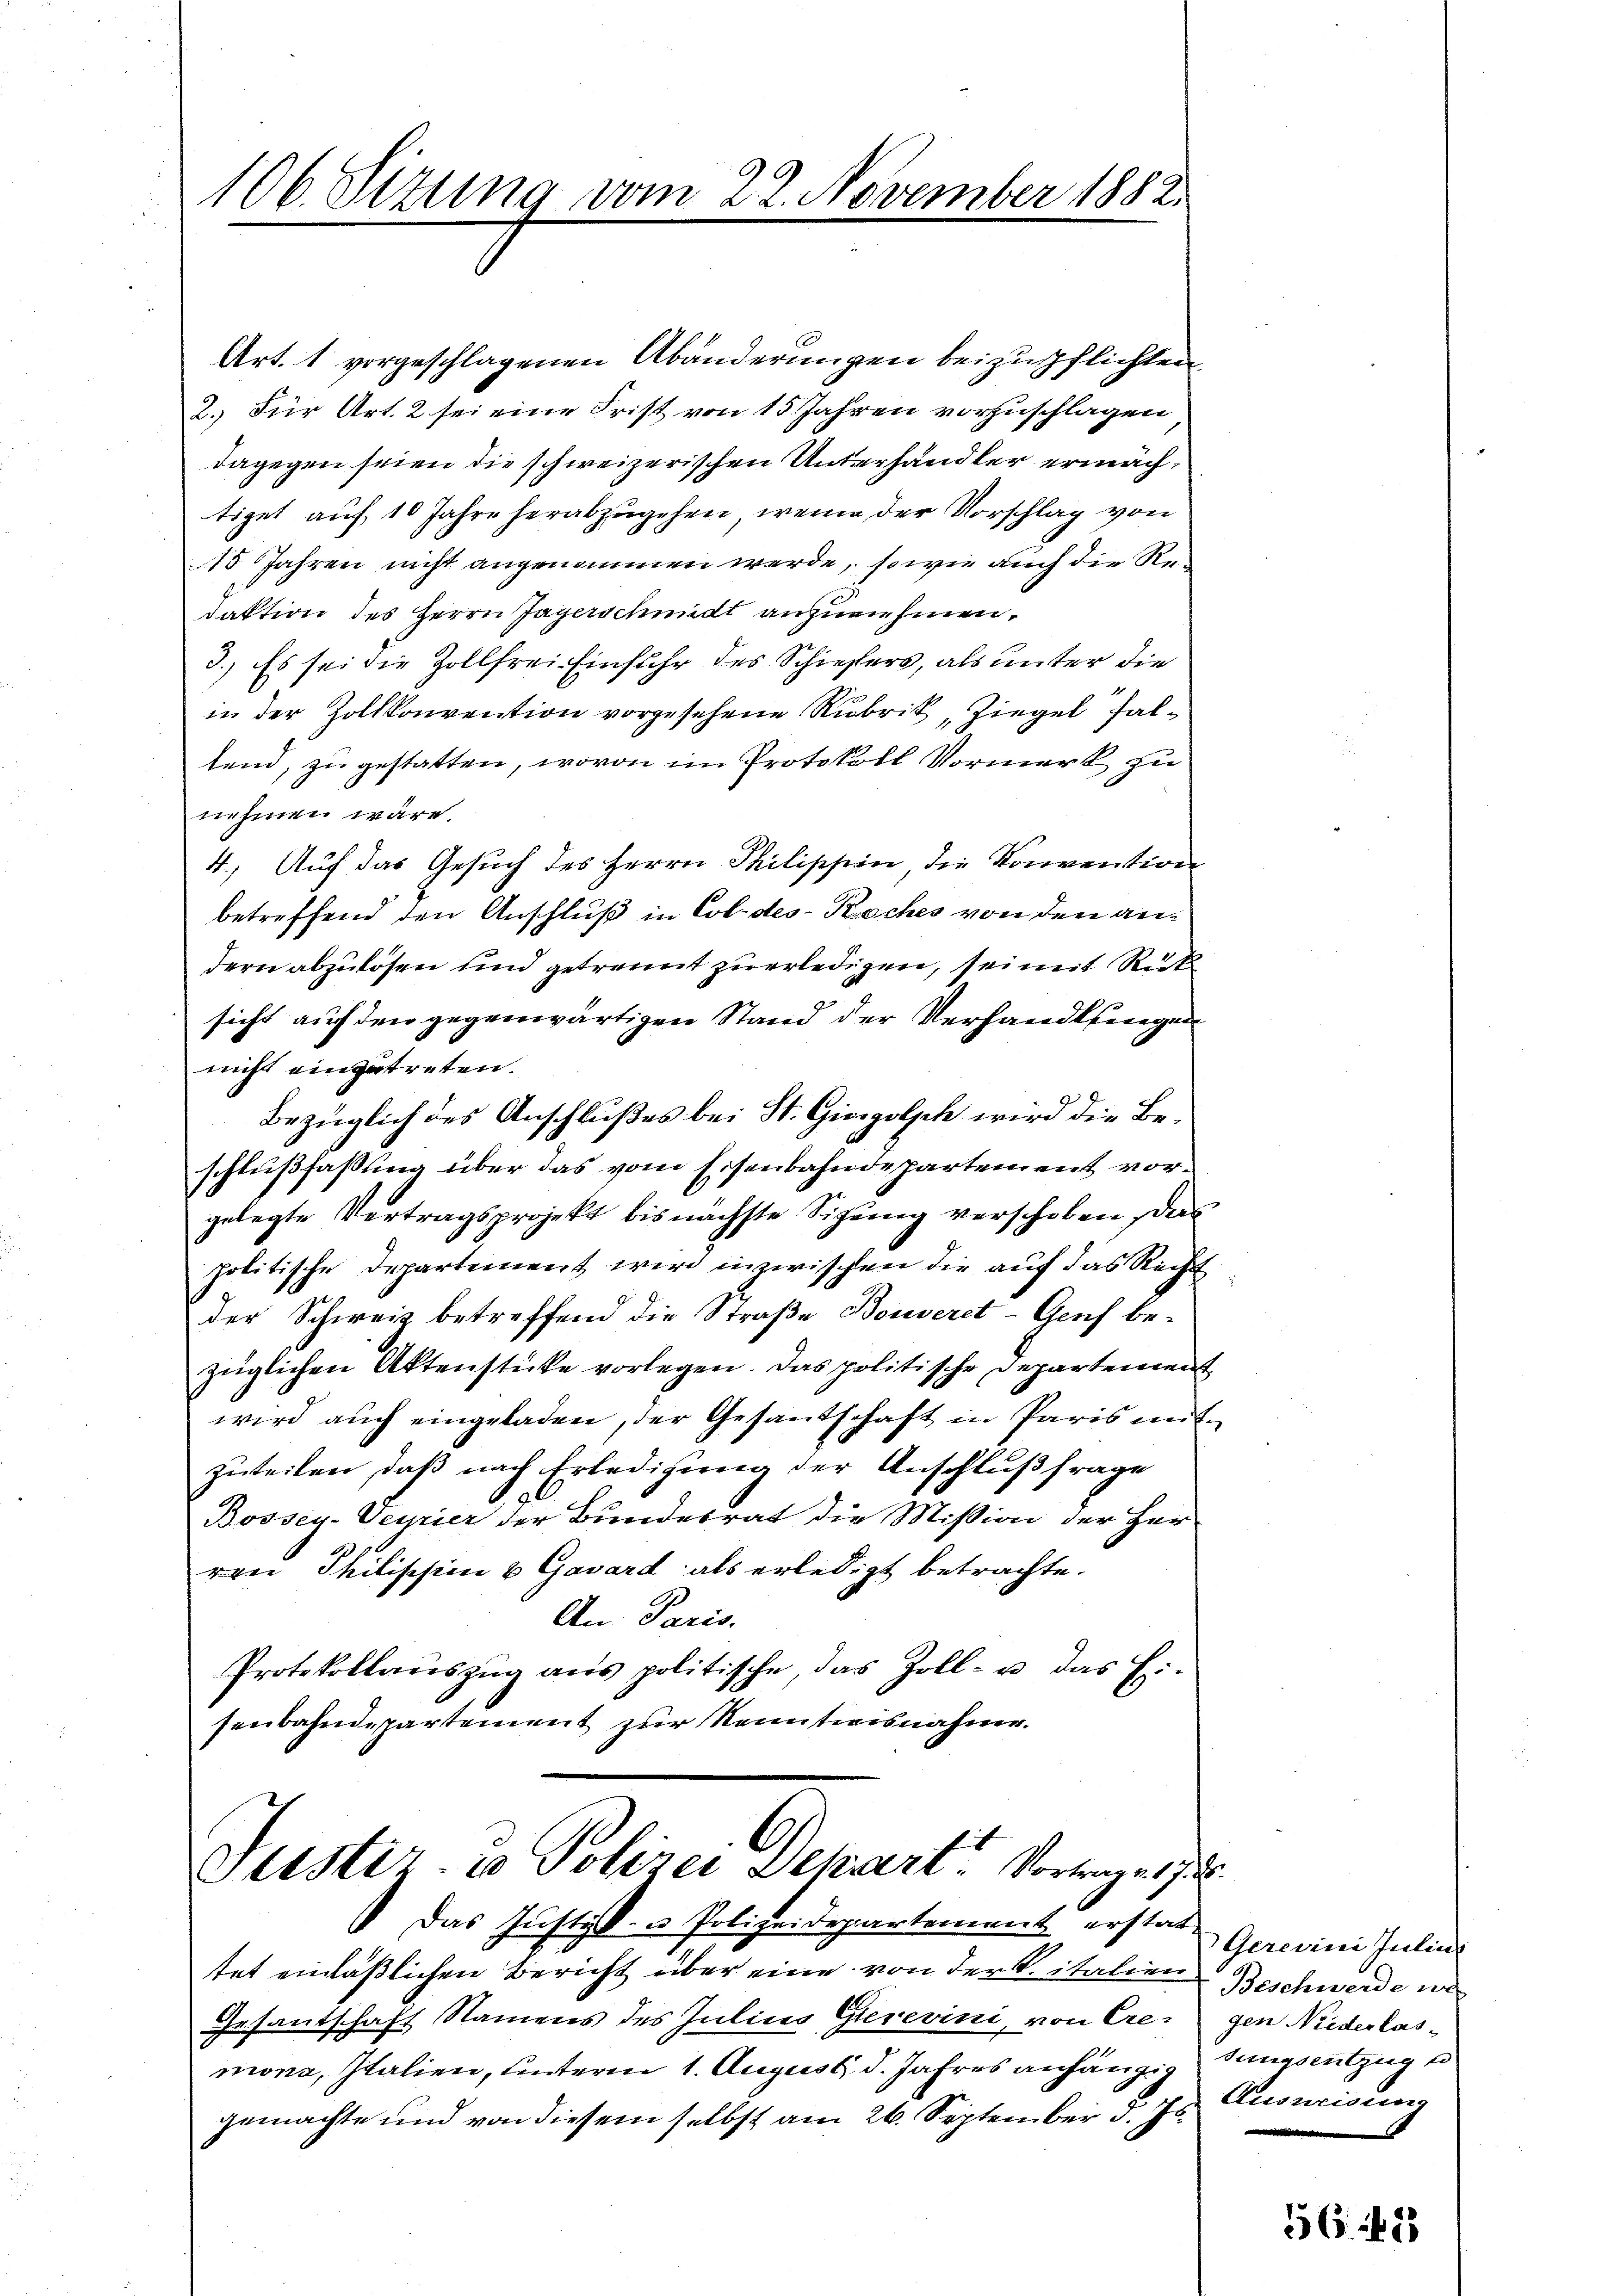
106. Sizung vom 22. November 1882.

Art. 1 vorgeschlagenen Abänderungen beizuspflichten.
2.) Für Art. 2 sei eine Frist von 15 Jahren vorzuschlagen
dagegen seien die schweizerischen Unterhandler ermächtiget auf 10 Jahre herabzugehen, wenn der Vorschlag von
15 Jahren nicht angenommen werde, sowie auch die Redaktion des Herrn Jagerschmidt anzunehmen.
3.) Es sei die Zollfrei Einfuhr des Schiefers, als unter die
in der Holtkonvention vorgesehene Rubrik, Ziegel faltend, zu gestatten, wovon im Protokoll Vormerk zu
nehmen wäre.
4.) Auf das Gesuch des Herrn Philippin, die Konvention
betreffend den Anschluß in Col. des Koches von den andern abzulösen und getrennt zu erledigen, sei mit Rück
sicht auf den gegenwärtigen Stand der Verhandlungen
nicht eingetreten.
Bezüglich des Anschlußes bei St. Giergolych wird die Beschlußfaßling über das vom Eisenbahndepartement vorgelegte Vertragsprojekt bis nächste Sitzung verschoben, dies
politische Departement wird inzwischen die auf das Recht
der Schweiz betreffend die Straße Bouverct-Genf bezüglichen Aktenstücke vorlegen. Das politische Departement
wird auch eingeladen, der Gesandschaft in Paris mit
zuteilen, daβ nach Erledigung der Anschlußfrage
Bossey-Veyrier der Bundesrat die Mission der Herr
ren Philischien & Gavard als erledigt betrachte.
An Paris.
Protokollaŭszŭg ans politische, das Zoll- u. das H:
senbahndepartement zur Kenntnisnahme.

Justiz- u Polizei Dekart Vortrage 17

Das Justiz- u. Polizeidepartement erstattet einläßlichen Bericht über eine von der K. italien Beschwerde we
Gesantschaft Namens des Julius Gierevini, von Cremona, Italien, unterm 1. August d. Jahres anhängig dungsentzug e
gemachte und von diesem selbst am 26. September d. Js. Ausweisung

Gerevini Julin
gen Niederlas¬

56. 12